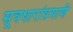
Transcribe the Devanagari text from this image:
सूत्रधारांप्रमाणे